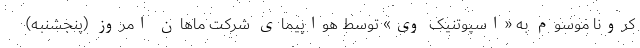
کرونا موسوم به «اسپوتنیک وی» توسط هواپیمای شرکت ماهان امروز (پنجشنبه)